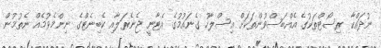
ނުދައްކާ ރިސޯޓްތަކުގެ އެއްބަސްވުންތަކަށް އިސްލާހު ގެނައުމުގެ އެޓާނީ ޖެނެރަލާއި ކެބިނެޓްގެ ނިންމެވުމެއް ނެތުމުން